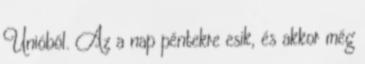
Unióból. Az a nap péntekre esik, és akkor még